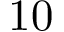
1 0